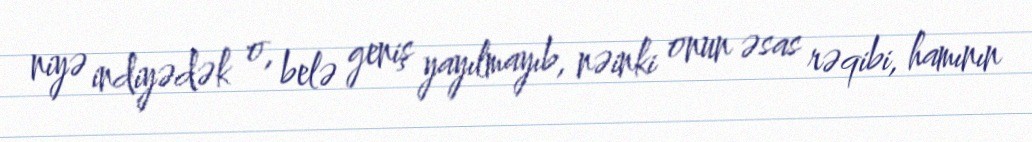
niyə indiyədək o, belə geniş yayılmayıb, nəinki onun əsas rəqibi, hamının